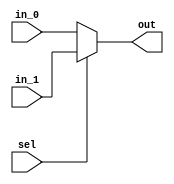
module Mux_2_1 #(parameter WIDTH = 32)
  (
    input [WIDTH - 1 : 0] in_0,
    input [WIDTH - 1 : 0] in_1,
    input sel,

    output [WIDTH - 1 : 0] out
  );

  assign out = ( sel == 0) ? in_0 : in_1; 

endmodule